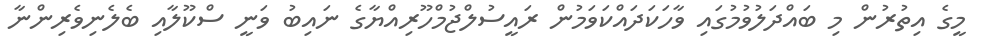
މީގެ އިތުރުން މި ބައްދަލުވުމުގައި ވާހަކަދައްކަވަމުން ރައީސުލްޖުމްހޫރިއްޔާގެ ނައިބު ވަނީ ސްކޫލާއި ބެލެނިވެރިންނާ